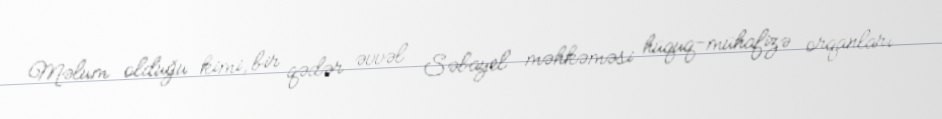
Məlum olduğu kimi, bir qədər əvvəl Səbayel məhkəməsi hüquq-mühafizə orqanları